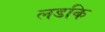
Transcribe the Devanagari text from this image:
लडकि